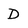
Character: D